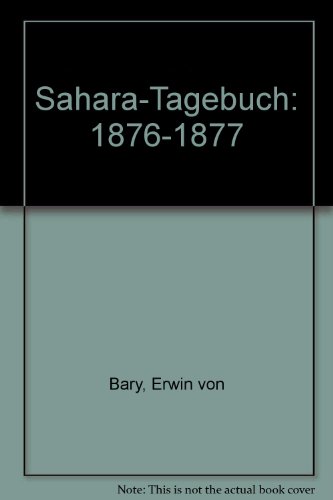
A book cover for Sahara-Tagebuch: 1876-1877 (German Edition); Erwin von Bary; Travel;